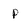
Character: P